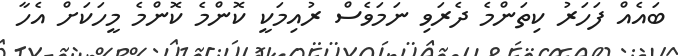
ބައެއް ފަހަރު ކިތަންމެ ދެރަވި ނަމަވެސް ރުއިމަކީ ކޮންމެ ކޮންމެ މީހަކަށް އެހާ